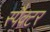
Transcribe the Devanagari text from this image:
स्पैक्टर